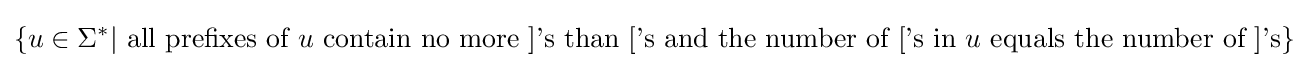
\{u\in \Sigma ^{*}\vert {\text{ all prefixes of }}u{\text{ contain no more ]'s than ['s}}{\text{ and the number of ['s in }}u{\text{ equals the number of ]'s}}\}